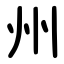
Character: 州